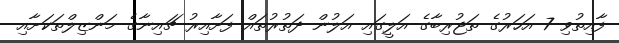
ފާއިތުވި 7 އަހަރުގެ ތަޖުރިބާގެ އަލީގައި އަލުން ދަތުރުތައް ފަށާއިރު ޗައިނާގެ މަންޒިލްތަކަށާއި